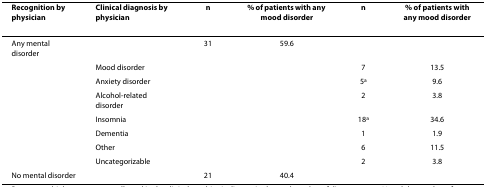
| Recognition by physician | Clinical diagnosis by physician | n | % of patients with any mood disorder | n | % of patients with any mood disorder |
 | --- | --- | --- | --- | --- | --- |
 | Any mental disorder |  | 31 | 59.6 |  |  |
 |  | Mood disorder |  |  | 7 | 13.5 |
 |  | Anxiety disorder |  |  | 5a | 9.6 |
 |  | Alcohol-related disorder |  |  | 2 | 3.8 |
 |  | Insomnia |  |  | 18a | 34.6 |
 |  | Dementia |  |  | 1 | 1.9 |
 |  | Other |  |  | 6 | 11.5 |
 |  | Uncategorizable |  |  | 2 | 3.8 |
 | No mental disorder |  | 21 | 40.4 |  |  |